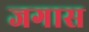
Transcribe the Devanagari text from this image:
जगास